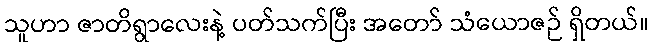
သူဟာ ဇာတိရွာလေးနဲ့ ပတ်သက်ပြီး အတော် သံယောဇဉ် ရှိတယ်။